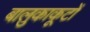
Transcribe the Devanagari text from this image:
बालुकाकूटों